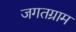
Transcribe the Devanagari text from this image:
जगतग्राम